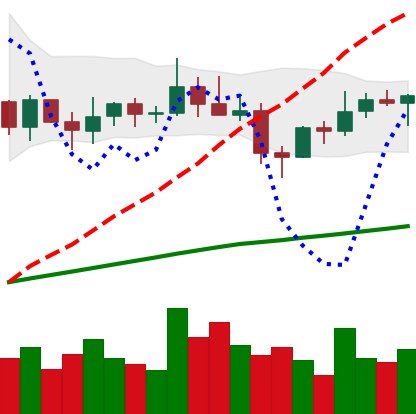
Ticker: XLM-USD
Chart end date: 2021-03-31
Forward return: 30.535%
Label: up_7plus